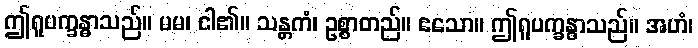
ဤရူပက္ခန္ဓာသည်။ မမ၊ ငါ၏။ သန္တကံ၊ ဥစ္စာတည်။ ဧသော။ ဤရူပက္ခန္ဓာသည်။ အဟံ၊